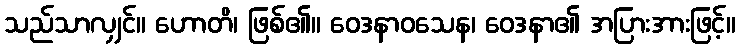
သည်သာလျှင်။ ဟောတိ၊ ဖြစ်၏။ ဝေဒနာဝသေန၊ ဝေဒနာ၏ အပြားအားဖြင့်။